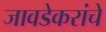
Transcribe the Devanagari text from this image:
जावडेकरांचे